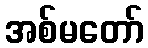
အစ်မတော်